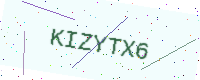
Text: KIZYTX6